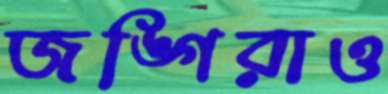
জঙ্গিরাও